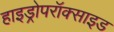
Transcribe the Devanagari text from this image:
हाइड्रोपरॉक्साइड